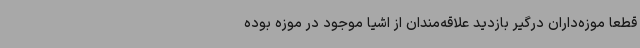
قطعا موزه‌داران درگیر بازدید علاقه‌مندان از اشیا موجود در موزه بوده